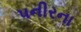
પનીરના